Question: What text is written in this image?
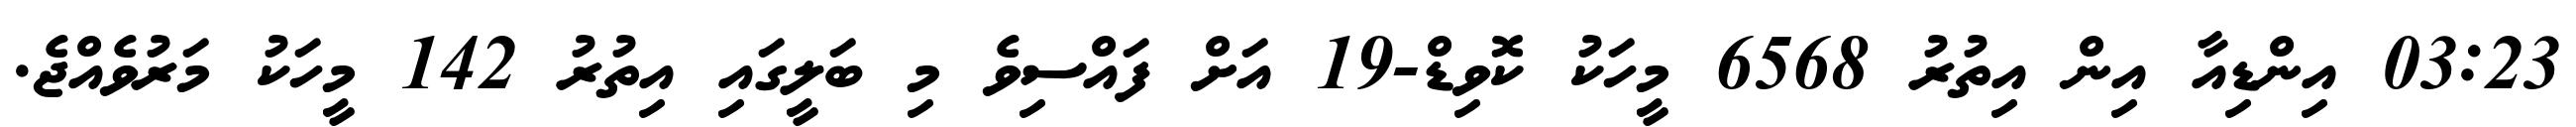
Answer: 03:23 އިންޑިއާ އިން އިތުރު 6568 މީހަކު ކޮވިޑް-19 އަށް ފައްސިވެ މި ބަލީގައި އިތުރު 142 މީހަކު މަރުވެއްޖެ.